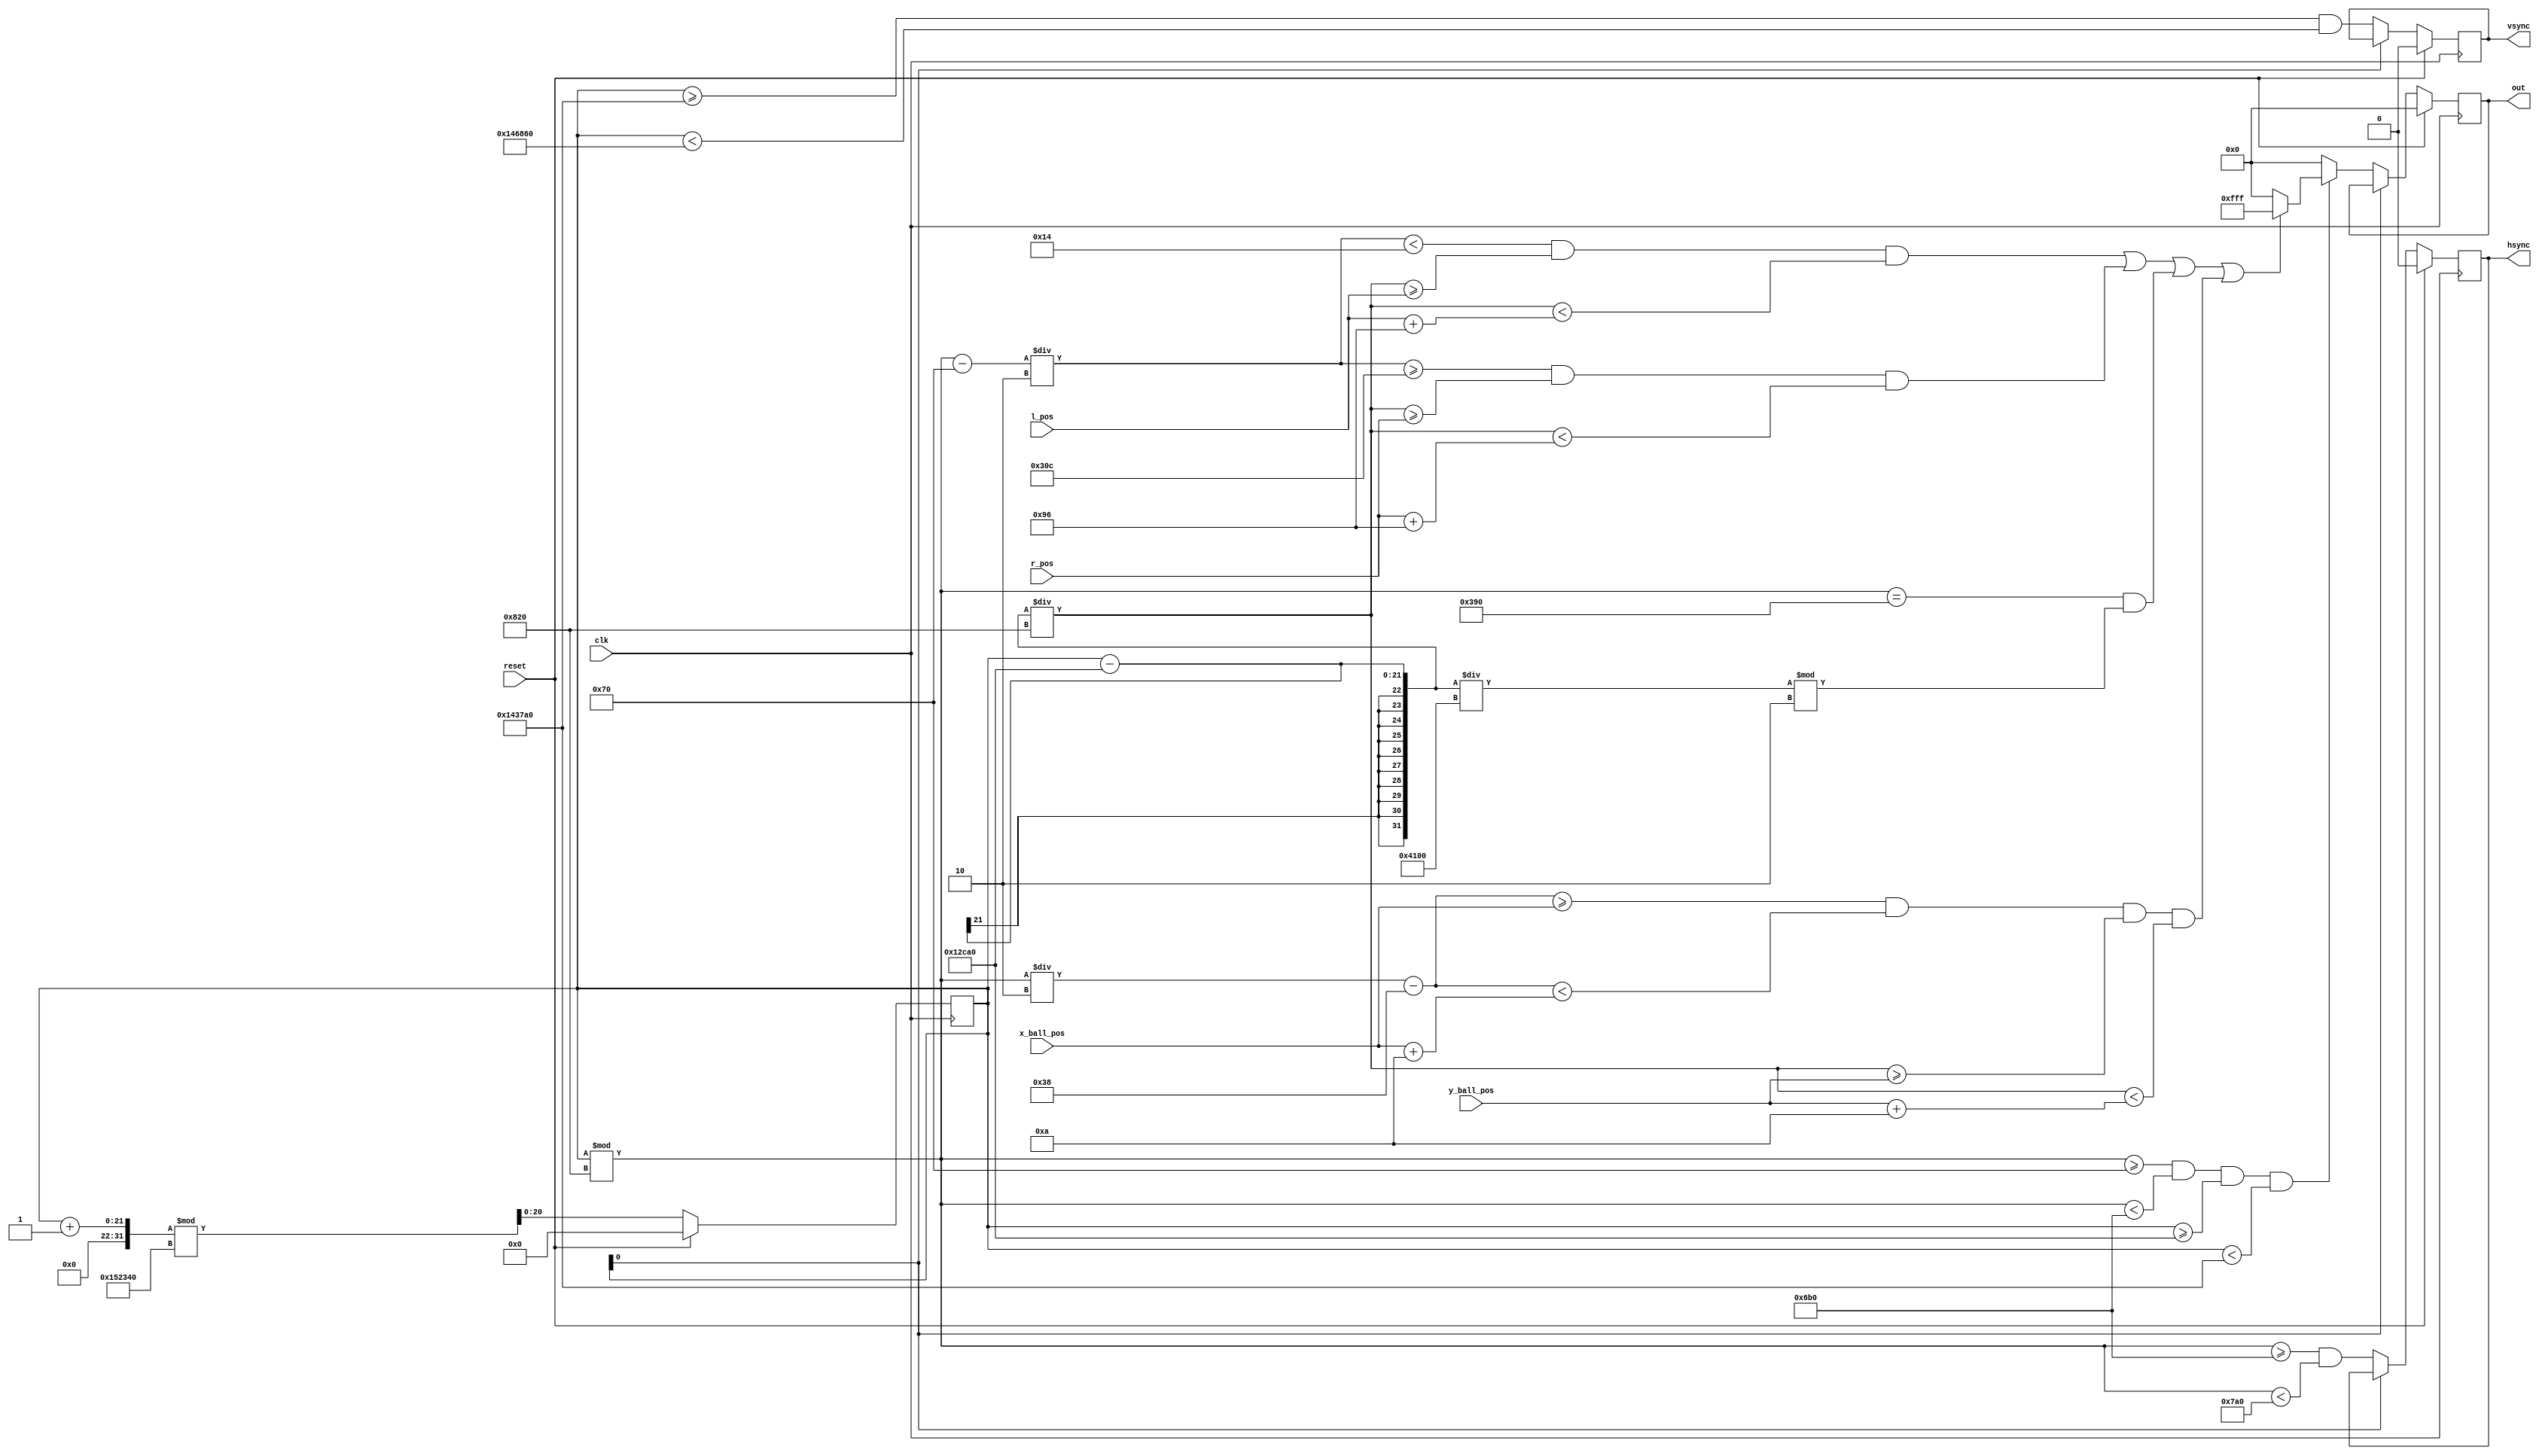
`timescale 1ns / 1ps
//////////////////////////////////////////////////////////////////////////////////
// Company: 
// Engineer: 
// 
// Design Name: 
// Module Name: vga
// Project Name: 
// Target Devices: 
// Tool Versions: 
// Description: 
// 
// Dependencies: 
// 
// Revision:
// Revision 0.01 - File Created
// Additional Comments:
// 
//////////////////////////////////////////////////////////////////////////////////


module vga(
input clk,
input reset,
input [9:0] l_pos,
input [9:0] r_pos,
input [9:0] x_ball_pos,
input [9:0] y_ball_pos,
output reg hsync,
output reg vsync,
output reg [11:0] out
    );
    reg [20:0] counter;
    always @(posedge clk) begin
        if(reset) begin
            counter <= 0;
            hsync <= 0;
            vsync <= 0;
            out <= 0;
        end else begin
            if(counter[0]==0) begin
                hsync <= counter%(1040*2) >= 1712 && counter%(1040*2) < 1952;
                vsync <= counter >= 1324960 && counter < 1337440;
                if(counter%(1040*2) >= 112 && counter%(1040*2) < 1712
                && counter >= 76960 && counter < 1324960) begin
                    //sel_x <= (counter%(1040*2)-112)/2;
                    //sel_y <= (counter-76960)/(1040*2);
                    out <= /* left bar */
                    ((counter%(1040*2)-112)/2 < 20)&&((counter-76960)/(1040*2)>=l_pos)&&
                    ((counter-76960)/(1040*2)<l_pos+150) ||
                    /* right bar */
                    ((counter%(1040*2)-112)/2 >= 780)&&((counter-76960)/(1040*2)>=r_pos)&&
                    ((counter-76960)/(1040*2)<r_pos+150) ||
                    /* dividing line */
                    counter%(1040*2) == 912 && ((counter-76960)/(1040*2*8))%2 ||
                    /* ball */
                    (counter%(1040*2)/2-56 >= x_ball_pos && counter%(1040*2)/2-56 < x_ball_pos + 10 &&
                    (counter-76960)/(1040*2) >= y_ball_pos && (counter-76960)/(1040*2) < y_ball_pos + 10)
                    ?8191:0;
                end else begin
                    out <= 0;
                end
            end
            counter <= (counter + 1)%(1040*666*2);
        end
    end
endmodule